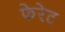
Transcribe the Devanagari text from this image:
फेरेट